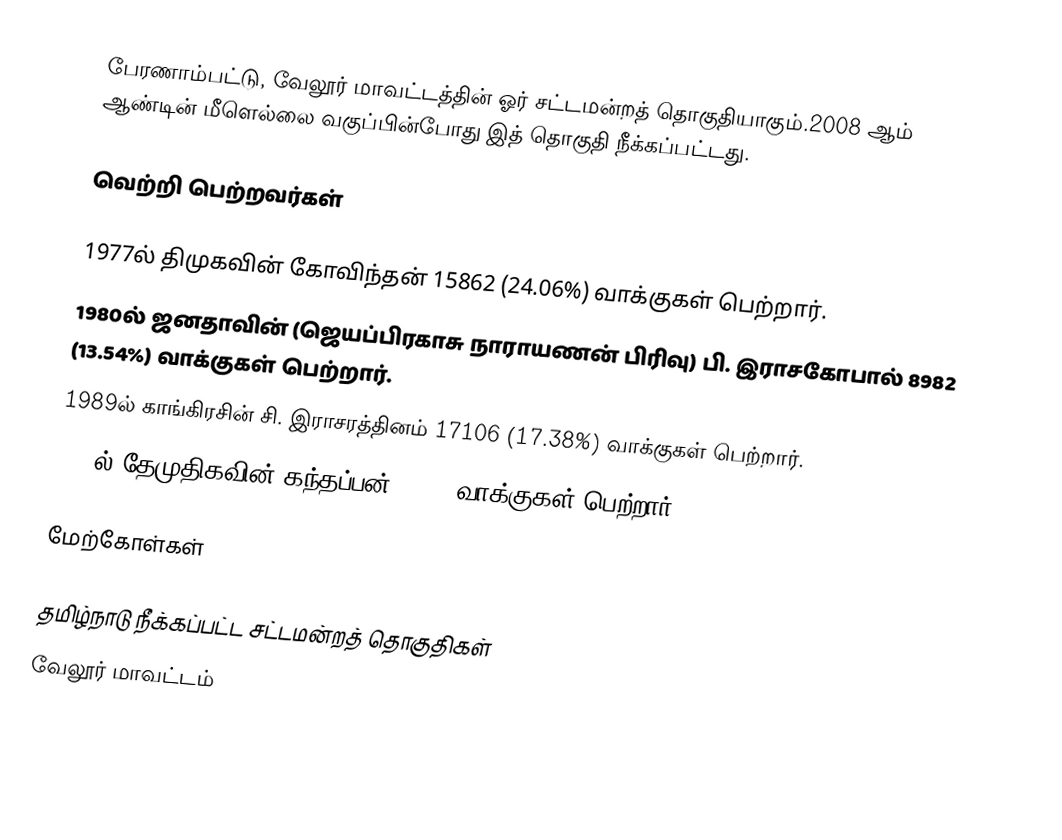
பேரணாம்பட்டு, வேலூர் மாவட்டத்தின் ஓர் சட்டமன்றத் தொகுதியாகும்.2008 ஆம் ஆண்டின் மீளெல்லை வகுப்பின்போது இத் தொகுதி நீக்கப்பட்டது.

வெற்றி பெற்றவர்கள்

1977ல் திமுகவின் கோவிந்தன் 15862 (24.06%) வாக்குகள் பெற்றார்.
1980ல் ஜனதாவின் (ஜெயப்பிரகாசு நாராயணன் பிரிவு) பி. இராசகோபால் 8982 (13.54%) வாக்குகள் பெற்றார்.
1989ல் காங்கிரசின் சி. இராசரத்தினம் 17106 (17.38%) வாக்குகள் பெற்றார்.
2006ல்  தேமுதிகவின் கந்தப்பன் 12296 வாக்குகள் பெற்றார்.

மேற்கோள்கள்

தமிழ்நாடு நீக்கப்பட்ட சட்டமன்றத் தொகுதிகள்
வேலூர் மாவட்டம்